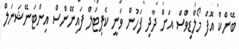
ބޭންކް އޮފް މޯލްޑިވްސް އަށް ދާދި ފަހުން ވަނީ ކެޕިޓަލް ފައިނޭންސް އިންޓަނޭޝަނަލް